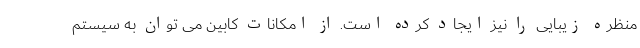
منظره زیبایی را نیز ایجاد کرده است. از امکانات کابین می توان به سیستم